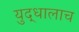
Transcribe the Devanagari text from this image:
युद्धालाच